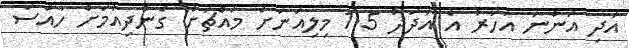
އަދި އަންނަ އަހަރު އެ އަދަދު 1.5 މިލިއަނަށް މައްޗަށް ގެންދިއުމަށް ހާއްސަ